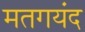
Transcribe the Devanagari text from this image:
मतगयंद